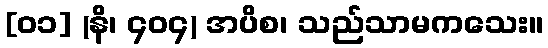
[၀၁] (နိ၊ ၄၀၄) အပိစ၊ သည်သာမကသေး။